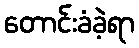
တောင်းခံခဲ့ရာ